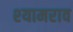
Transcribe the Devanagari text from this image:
श्‍यामराव